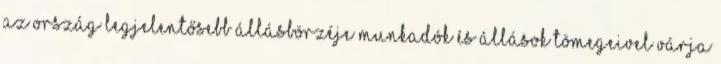
Az ország legjelentősebb állásbörzéje munkadók és állások tömegeivel várja